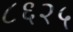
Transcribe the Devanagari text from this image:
८६२५